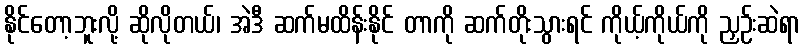
နိုင်တော့ဘူးလို့ ဆိုလိုတယ်၊ အဲဒီ ဆက်မထိန်းနိုင် တာကို ဆက်တိုးသွားရင် ကိုယ့်ကိုယ်ကို ညှဉ်းဆဲရာ